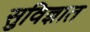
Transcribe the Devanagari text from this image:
सुविज्ञात